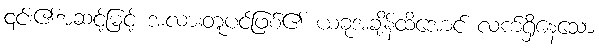
၎င်း၏အဆင့်မြင့် အလားတူပင်ဖြစ်၏ ယခုအချိန်ထိအောင် လက်ရှိနေသော